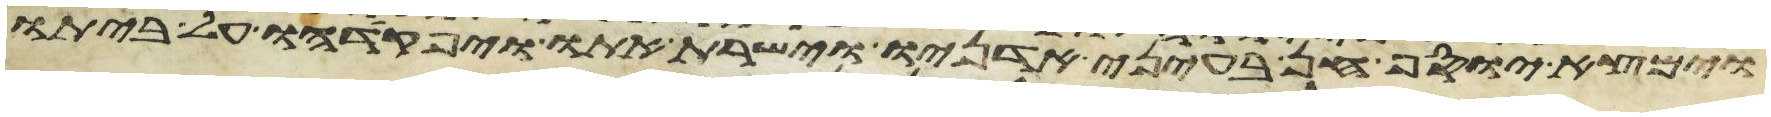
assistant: וימצא יוסף חן בעיני אדניו וישרת אתו ויפקדהו על ביתו